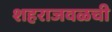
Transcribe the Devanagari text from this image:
शहराजवळची